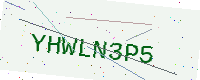
Text: YHWLN3P5